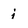
Character: i